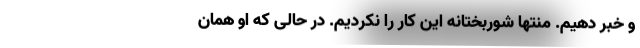
و خبر دهیم. منتها شوربختانه این کار را نکردیم. در حالی که او همان